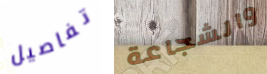
تفاصيل والشجاعة